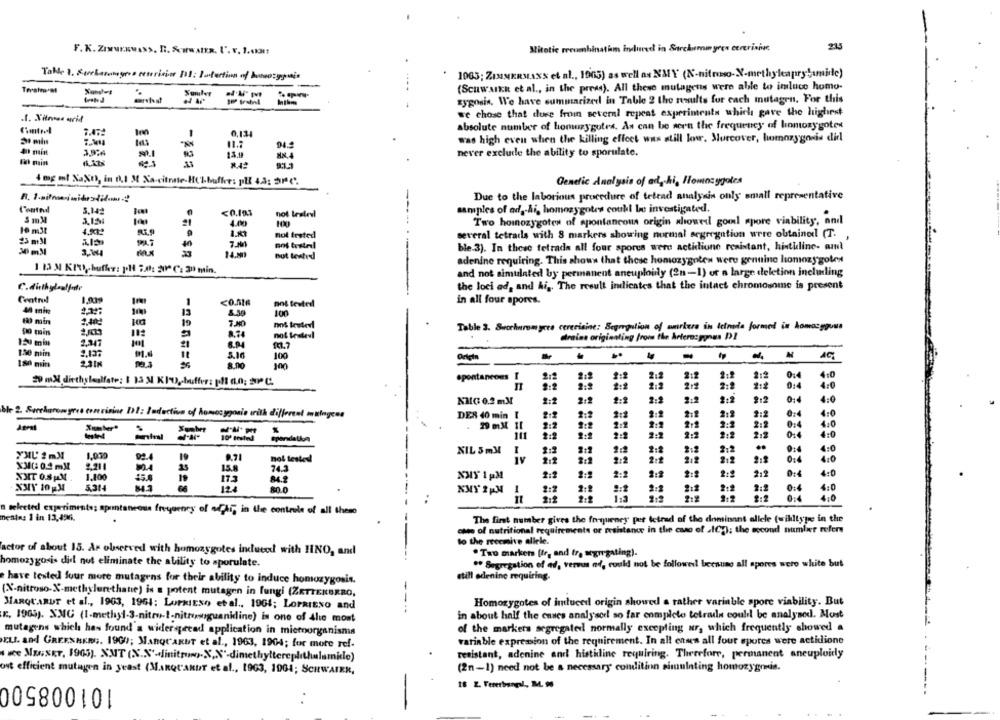
F.K. Zixurawass. R. S.wwatR. U.v. 1.61:
Mitotic recombinatim Induced in Sarchurin yren cererinin
21
Table 1. Sorbanungera cecerisier 111: Infection of botanygnis
1963; ZIMMERMAN'S et al ., 1005) as well as NMY (N-nitro-X-methylcaprytamidc)
(Scuwank et al ., in the press). All these mutagetts were able to imluce homo-
zygosin. We have summarized in Table 2 the results for cach mutagen. For this
we chose that duse froin several repeat experiments which gave the highest
.1. Xilnos wrid
absolute number of homuzygotes. As can be seen the frequency of homozygotes
was high even when the killing effect was still low. Murcover, homozygo is did
never exclude the ability to sporulate.
Genetic Analysis of ad, hi, Homozygoles
Due to the laborious procedure of tetrad analysis only small representative
samples of ad, Ai, homozygotes coull be investigated.
5.142
hot teslevi
5 mM
100
Two homozygotes of spontaneous origin showed goul spore viability, and
10 m3l
not trated
several tetrads with 8 markers showing normal segregation were obtained (T.
25 m31
not testeil
30 mMl
2.W
ble 3). In these tetrada all four spores were actidiune resistant, hintuline- amt
But lested
adenine requiring. This shows that these homozygotew were genuine homozygotes
1 13 M KIO, buffer: pol 24: 200℃: 30 min.
and not simulated by permanent aneuploidy (2n-1) or a large deletion including
the loci ad, and Ai ,. The result indicates that the intact chromosome is present
Central
not tested
in all four spores.
44 min
13
1 min
19
po min
Table 3. Seochurom yere cerevisine: Segregation of markera in letnota formed in homozygous
RRA
drains originating from the Artere:goous DI
2.347
130 min
AG
180 min
2:1
2:2
20 mM diethyleolfate: 1 13 M KID, buffer: pll do; SP C.
spontaneous
2:2
4:0
2:2
4.0
NIG 0.2 mM
2:2
212
2:2
212
0:4
ble 2. Surcharomyres corerisine 11: Budectiva of homocygosio ırith different malogens
DES 40 min [
2:1
2:2
€.0
29 mM II
2:2
1:2
2:1
212
%
0:4
4.0
10ª trele
2:2
2:1
2:2
2:2
1:1
2:2
2:1
0:4
1.030
NIL 5mMl
2:2
2:2
2:2
212
4:0
YMU 2 mM
92.4
19
not tested
IV
2:2
2.8
0:4
4.0
2.211
MA
15.8
74.3
XXIT 0.8 PM
1.100
NMY 1 PM
2:1
2:2
2:8
2:1
212
4:0
45.6
19
84.9
XXY 10 FM
5.314
124
80.0
KMY 2PM 1
2:2
2:2
0:4
4:0
2:2
2: 2
Itelected experiments; spontaneous freyoenry of od hi, in the controle of all these
Tening 1 in 13,496.
The first number gives the frequency per tetrad of the dominant allele (willtype in the
che of nutritional requirements or resistance in the case of alCy); the second number refers
to the recemive allele.
actor of about 15. Ar observed with homozygotes indueed with HNO, and
. Two markets [tr, and tr. segregating).
homozygosis did not eliminate the ability to sporulate.
. Segregation of ad, veres ad, could not be followed! because all spores were white but
still edenine requiring.
have tested four more mutagens for their ability to induce homozygosis.
(N-nitroso-X-methylurethatie) is a potent mutagen in fungi (ZETTERERRO,
MARQUARDT et al ., 1903, 1961: LurksEso etal ., 1964; LOPRIENO and
---
Homozygotes of induced origin showed a rather variable spore viability. But
K ., 1905). XXC (1-methyl-3-nitro-1-nitroguanidine) is one of the most
in about half the cases analyseel so far complete tetrade could be analysed. Most
mutagens which has found a widerspread application in microorganisms
of the markers segregated normally excepting ur, which frequently showed a
variable expression of the requirement. In all enses all four spores were actidione
EL. and GREENBERG. 1900; MARQUARDT et al ., 1963, 1904; for more ref-
resistant, adenine and histidine requiring. Therefore, permanent aneuploidy
ost efficient mutagen in yeast (MARQcanter et al ., 1963, 1004; SCHWAIER,
(2m-1) need not be a necessary condition simulating homozygonis.
101008500
18 2. Vererbungl, BL 98
----